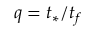
q = t _ { * } / t _ { f }